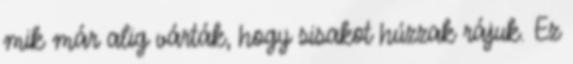
mik már alig várták, hogy sisakot húzzak rájuk. Ez